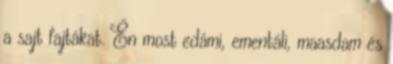
a sajt fajtákat. Én most edámi, ementáli, maasdam és